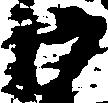
御